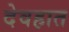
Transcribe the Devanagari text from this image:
देवहात